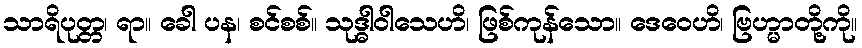
သာရိပုတ္တ၊ ရာ။ ခေါ ပန၊ စင်စစ်။ သုဒ္ဓါဝါသေဟိ၊ ဖြစ်ကုန်သော။ ဒေဝေဟိ၊ ဗြဟ္မာတို့ကို။